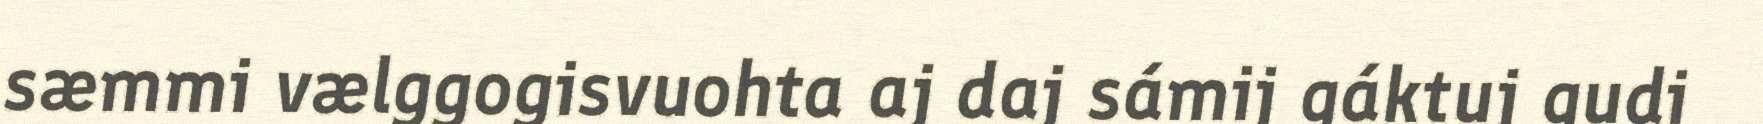
sæmmi vælggogisvuohta aj daj sámij gáktuj gudi